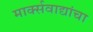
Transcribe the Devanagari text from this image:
मार्क्सवाद्यांचा